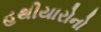
હથીયારોનો